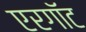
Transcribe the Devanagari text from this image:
एरगॉट